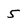
Character: 5